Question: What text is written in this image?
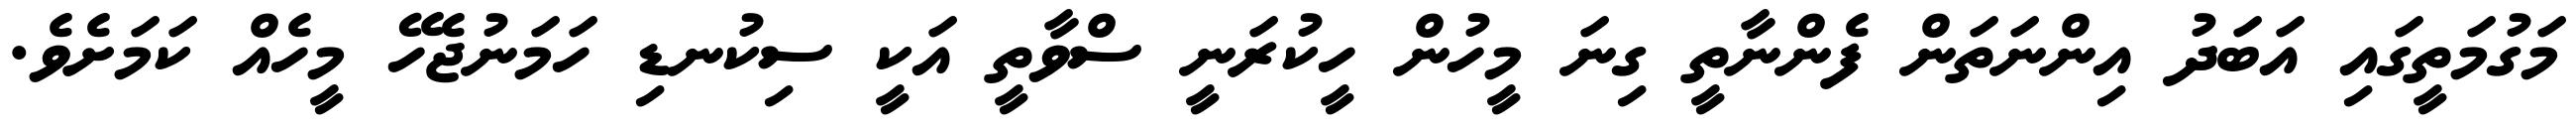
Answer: މަގުމަތީގައި އަބަދު އިންނަތަން ފެންނާތީ ގިނަ މީހުން ހީކުރަނީ ސްވާތީ އަކީ ސިކުނޑި ހަމަނުޖެހޭ މީހެއް ކަމަށެވެ.